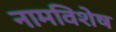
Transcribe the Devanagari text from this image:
नामविशेष